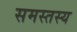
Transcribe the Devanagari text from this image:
समस्तस्य